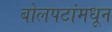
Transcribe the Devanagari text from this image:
बोलपटांमधून